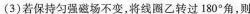
(3)若保持匀强磁场不变，将线圈乙转过180°^{\circ}角，则